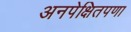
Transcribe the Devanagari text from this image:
अनपेक्षितपणा